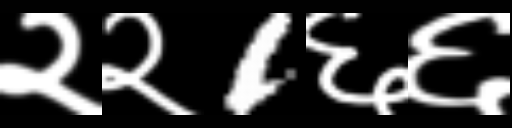
Text: २२1६६